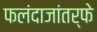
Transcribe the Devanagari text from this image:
फलंदाजांतर्फे